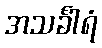
အသင်္ခါရံ